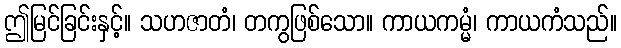
ဤမြင်ခြင်းနှင့်။ သဟဇာတံ၊ တကွဖြစ်သော။ ကာယကမ္မံ၊ ကာယကံသည်။